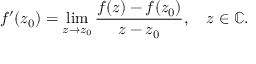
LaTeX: f ^ { \prime } ( z _ { 0 } ) = \operatorname* { l i m } _ { z \to z _ { 0 } } { \frac { f ( z ) - f ( z _ { 0 } ) } { z - z _ { 0 } } } , \quad z \in \mathbb { C } .